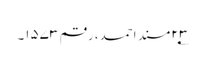
۲۳؂مسند احمد، رقم ۱۵۷۳۔